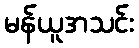
မန်ယူအသင်း